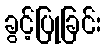
ခွင့်ပြုခြင်း